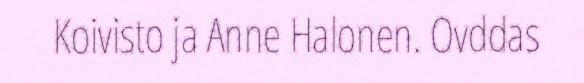
Koivisto ja Anne Halonen. Ovddas